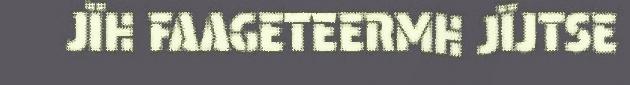
JÏH FAAGETEERMH JÏJTSE